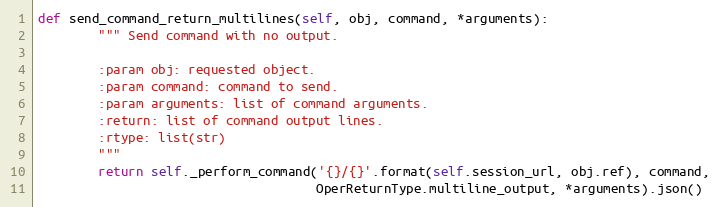
Language: Python
def send_command_return_multilines(self, obj, command, *arguments):
        """ Send command with no output.

        :param obj: requested object.
        :param command: command to send.
        :param arguments: list of command arguments.
        :return: list of command output lines.
        :rtype: list(str)
        """
        return self._perform_command('{}/{}'.format(self.session_url, obj.ref), command,
                                     OperReturnType.multiline_output, *arguments).json()